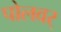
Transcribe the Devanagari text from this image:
पोलवर्